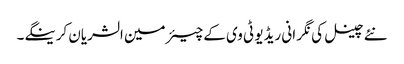
نئے چینل کی نگر انی ریڈیو ٹی وی کے چیئرمین الشریان کرینگے۔